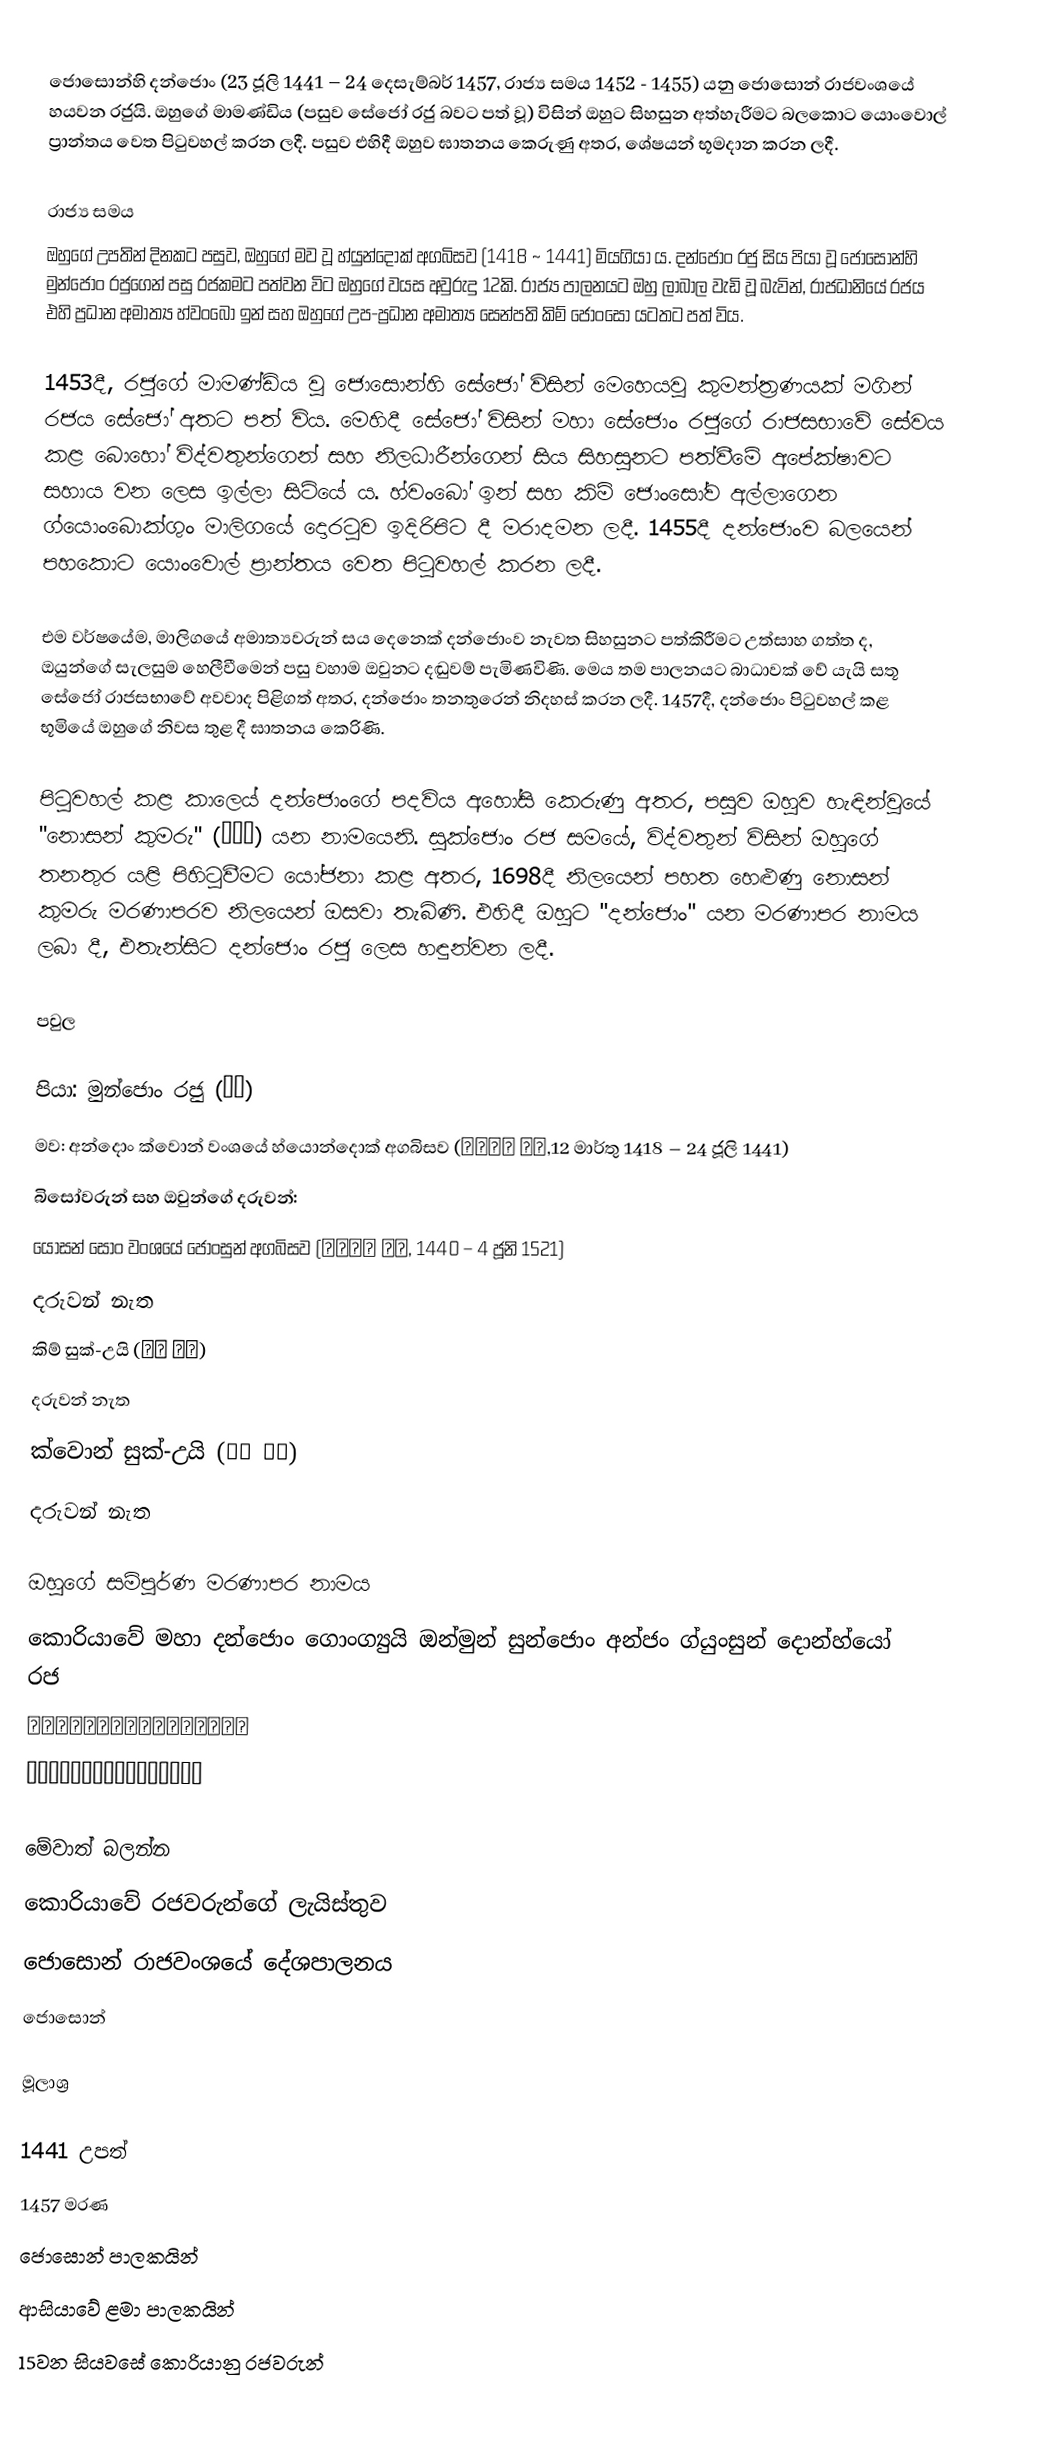
ජොසොන්හි දන්ජොං (23 ජූලි 1441 – 24 දෙසැම්බර් 1457, රාජ්‍ය සමය 1452 - 1455) යනු ජොසොන් රාජවංශයේ හයවන රජුයි. ඔහුගේ මාමණ්ඩිය (පසුව සේජෝ රජු බවට පත් වූ) විසින් ඔහුට සිහසුන අත්හැරීමට බලකොට යොංවොල් ප්‍රාන්තය වෙත පිටුවහල් කරන ලදී. පසුව එහිදී ඔහුව ඝාතනය කෙරුණු අතර, ශේෂයන් භූමදාන කරන ලදී.

රාජ්‍ය සමය
ඔහුගේ උපතින් දි‍නකට පසුව, ඔහුගේ මව වූ හ්යුන්දොක් අගබිසව (1418 ~ 1441) මියගියා ය. දන්ජොං රජු සිය පියා වූ ජොසොන්හි මුන්ජොං රජුගෙන් පසු රජකමට පත්වන විට ඔහුගේ වයස අවුරුදු 12කි. රාජ්‍ය පාලනයට ඔහු ලාබාල වැඩි වූ බැවින්, රාජධානියේ රජය එහි ප්‍රධාන අමාත්‍ය හ්වංබෝ ඉන් සහ ඔහුගේ උප-ප්‍රධාන අමාත්‍ය සෙන්පති කිම් ජොංසෝ යටතට පත් විය.

1453දී, රජුගේ මාමණ්ඩිය වූ ජොසොන්හි සේජෝ විසින් මෙහෙයවූ කුමන්ත්‍රණයක් මගින් රජය සේජෝ අතට පත් විය. මෙහිදී සේජෝ විසින් මහා සේජොං රජුගේ රාජසභාවේ සේවය කළ බොහෝ විද්වතුන්ගෙන් සහ නිලධාරීන්ගෙන් සිය සිහසුනට පත්වීමේ අපේක්ෂාවට සහාය වන ලෙස ඉල්ලා සිටියේ ය. හ්වංබෝ ඉන් සහ කිම් ජොංසෝව අල්ලාගෙන ග්යොංබොක්ගුං මාලිගයේ දොරටුව ඉදිරිපිට දී මරාදමන ලදී. 1455දී දන්ජොංව බලයෙන් පහකොට යොංවොල් ප්‍රාන්තය වෙත පිටුවහල් කරන ලදී.

එම වර්ෂයේම, මාලිගයේ අමාත්‍යවරුන් සය දෙනෙක් දන්ජොංව නැවත සිහසුනට පත්කිරීමට උත්සාහ ගත්ත ද, ඔයුන්ගේ සැලසුම හෙලීවීමෙන් පසු වහාම ඔවුනට දඬුවම් පැමිණවිණි. මෙය තම පාලනයට බාධාවක් වේ යැයි සතූ සේජෝ රාජසභාවේ අවවාද පිළිගත් අතර, දන්ජොං තනතුරෙන් නිදහස් කරන ලදී. 1457දී, දන්ජොං පිටුවහල් කළ භූමියේ ඔහුගේ නිවස තුළ දී ඝාතනය කෙරිණි.

පිටුවහල් කළ කාලෙය් දන්ජොංගේ පදවිය අහෝසි කෙරුණු අතර, පසුව ඔහුව හැඳින්වූයේ "නොසන් කුමරු" (노산군) යන නාමයෙනි. සුක්ජොං රජ සමයේ, විද්වතුන් විසින් ඔහුගේ තනතුර යළි පිහිටුවීමට යෝජනා කළ අතර, 1698දී නිලයෙන් පහත හෙළුණු නොසන් කුමරු මරණාපරව නිලයෙන් ඔසවා තැබිණි. එහිදී ඔහුට "දන්ජොං" යන මරණාපර නාමය ලබා දී, එතැන්සිට දන්ජොං රජු ලෙස හඳුන්වන ලදී.

පවුල

පියා: මුන්ජොං රජු (문종)
මව: අන්දොං ක්වොන් වංශයේ හ්යොන්දොක් අගබිසව (현덕왕후 권씨,12 මාර්තු 1418 – 24 ජූලි 1441)
බිසෝවරුන් සහ ඔවුන්ගේ දරුවන්:
 යෝසන් සොං වංශයේ ජොංසුන් අගබිසව (정순왕후 송씨, 1440 – 4 ජූනි 1521)
දරුවන් නැත
 කිම් සුක්-උයි (숙의 김씨)
 දරුවන් නැත
 ක්වොන් සුක්-උයි (숙의 권씨)
 දරුවන් නැත

ඔහුගේ සම්පූර්ණ මරණාපර නාමය
 කොරියාවේ මහා දන්ජොං ගොංග්‍යුයි ඔන්මුන් සුන්ජොං අන්ජං ග්යුංසුන් දොන්හ්යෝ රජ
 단종공의온문순정안장경순돈효대왕
 端宗恭懿溫文純定安莊景順敦孝大王

මේවාත් බලන්න
කොරියාවේ රජවරුන්ගේ ලැයිස්තුව
ජොසොන් රාජවංශයේ දේශපාලනය
ජොසොන්

මූලාශ්‍ර

1441 උපත්
1457 මරණ
ජොසොන් පාලකයින්
ආසියාවේ ළමා පාලකයින්
15වන සියවසේ කොරියානු රජවරුන්